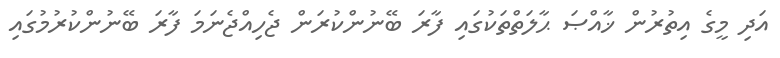
އަދި މީގެ އިތުރުން ޚާއްޞަ ޙާލަތްތަކުގައި ފާރަ ބޭނުންކުރަން ޖެހިއްޖެނަމަ ފާރަ ބޭނުންކުރުމުގައި